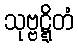
သုဗ္ဗဋ္ဋိတံ